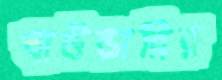
বাউন্ডারির